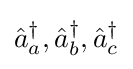
{\hat {a}}_{a}^{\dagger },{\hat {a}}_{b}^{\dagger },{\hat {a}}_{c}^{\dagger }